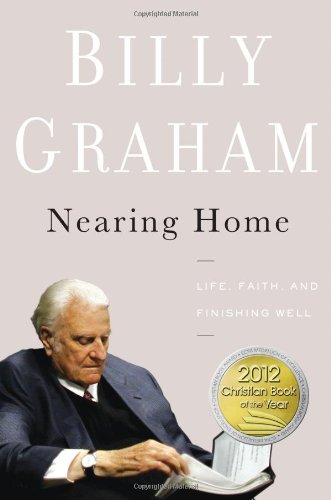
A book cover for Nearing Home: Life, Faith, and Finishing Well; Billy Graham; Religion & Spirituality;